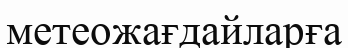
метеожағдайларға